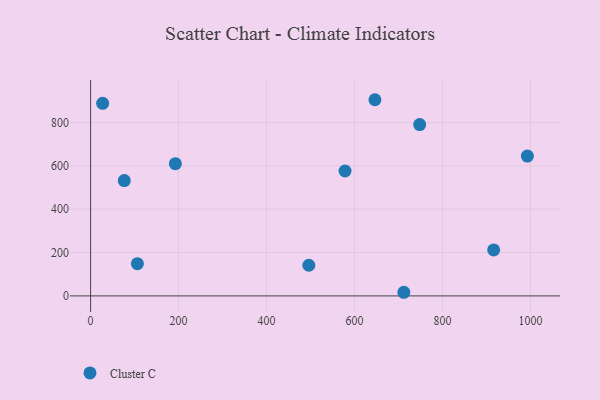
{"axis": {"x": "Investment", "y": "Profit"}, "legend": ["Cluster C"], "data": [{"x": "192.6", "y": 610.0, "type": "Cluster C"}, {"x": "646.3", "y": 904.8, "type": "Cluster C"}, {"x": "27.3", "y": 888.2, "type": "Cluster C"}, {"x": "992.8", "y": 644.7, "type": "Cluster C"}, {"x": "578.3", "y": 576.1, "type": "Cluster C"}, {"x": "496.0", "y": 141.4, "type": "Cluster C"}, {"x": "712.0", "y": 16.7, "type": "Cluster C"}, {"x": "916.2", "y": 212.1, "type": "Cluster C"}, {"x": "748.0", "y": 790.0, "type": "Cluster C"}, {"x": "106.3", "y": 148.7, "type": "Cluster C"}, {"x": "76.5", "y": 532.0, "type": "Cluster C"}]}